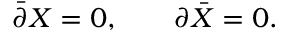
\bar { \partial } X = 0 , \; \; \; \; \; \; \; \partial \bar { X } = 0 .